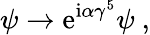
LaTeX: \psi\to\mathrm{e}^{\mathrm{i}\alpha\gamma^{5}}\psi\ ,